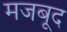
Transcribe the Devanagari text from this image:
मजबूद